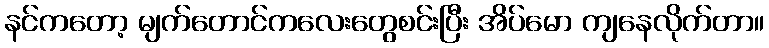
နင်ကတော့ မျက်တောင်ကလေးတွေစင်းပြီး အိပ်မော ကျနေလိုက်တာ။